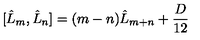
\lbrack \hat { L } _ { m } , \hat { L } _ { n } ] = ( m - n ) \hat { L } _ { m + n } + \frac { D } { 1 2 }